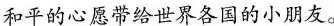
和平的心愿带给世界各国的小朋友。